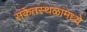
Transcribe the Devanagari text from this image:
संकेतस्थळांमध्ये